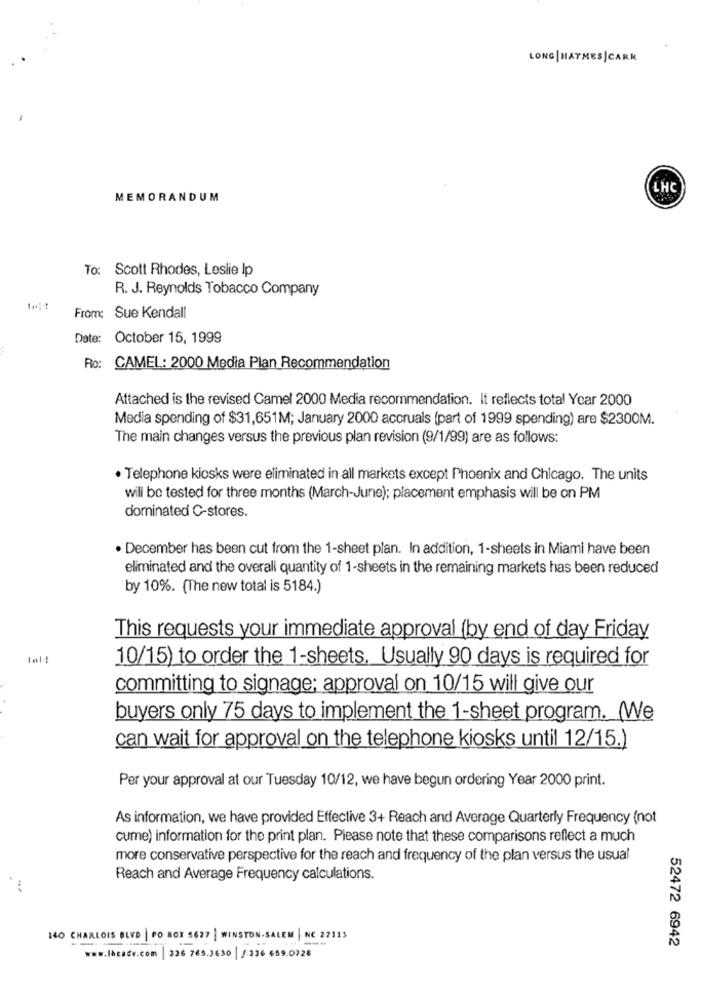
LONG|HAYMES|CARR
LHC
MEMORANDUM
To: Scott Rhodes, Leslie Ip
R. J. Reynolds Tobacco Company
From: Sue Kendall
Date:
October 15, 1999
Ro: CAMEL: 2000 Media Plan Recommendation
Attached is the revised Camel 2000 Media recommendation. It reflects total Year 2000
Media spending of $31,651M; January 2000 accruals (part of 1999 spending) are $2300M.
The main changes versus the previous plan revision (9/1/99) are as follows:
· Telephone kiosks were eliminated in all markets except Phoenix and Chicago. The units
will be tested for three months (March-June); placement emphasis will be on PM
dominated C-stores.
. December has been cut from the 1-sheet plan. In addition, 1-sheets in Miami have been
eliminated and the overall quantity of 1-sheets in the remaining markets has been reduced
by 10%. (The new total is 5184.)
This requests your immediate approval (by end of day Friday
10/15) to order the 1-sheets. Usually 90 days is required for
committing to signage; approval on 10/15 will give our
buyers only 75 days to implement the 1-sheet program. (We
can wait for approval on the telephone kiosks until 12/15.)
Per your approval at our Tuesday 10/12, we have begun ordering Year 2000 print.
As information, we have provided Effective 3+ Reach and Average Quarterly Frequency (not
cume) information for the print plan. Please note that these comparisons reflect a much
more conservative perspective for the reach and frequency of the plan versus the usual
Reach and Average Frequency calculations.
140 CHARLOIS BLVD | PO BOX 5627 | WINSTON-SALEM | NC 27113
---
52472 6942
www.lhcade.com | 336 765.3630 | /:326 659.0728